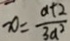
x = \frac { a + 2 } { 3 a ^ { 2 } }